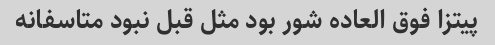
پیتزا فوق العاده شور بود مثل قبل نبود متاسفانه